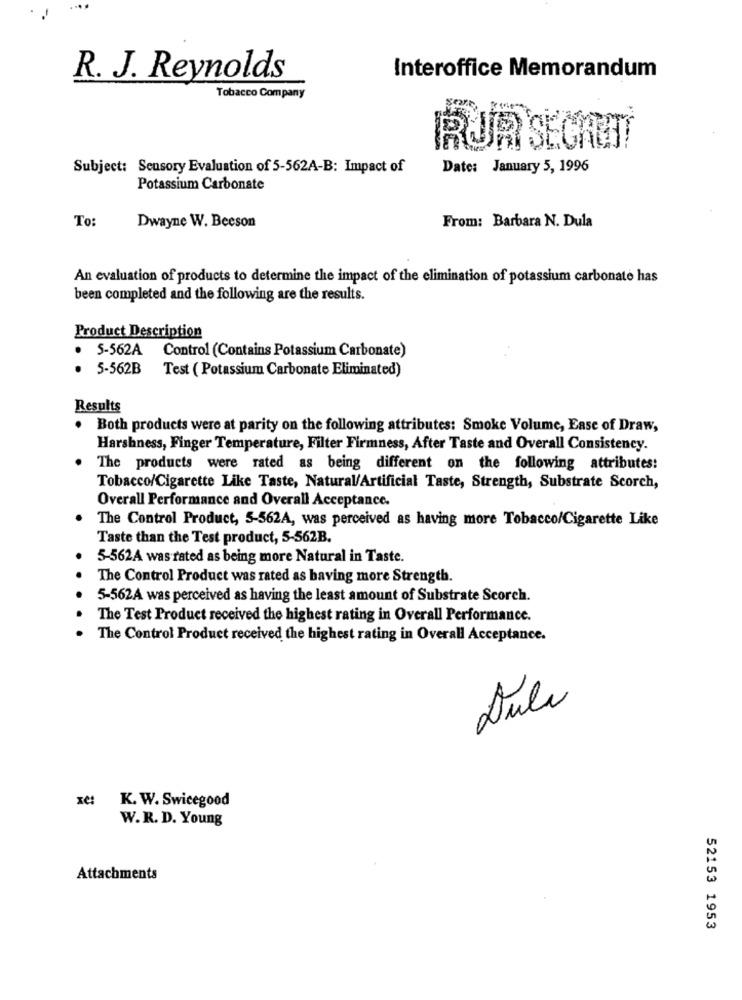
Interoffice Memorandum
R. J. Reynolds
Tobacco Company
RUR SECAET
Subject: Sensory Evaluation of 5-562A-B: Impact of
Date: January 5, 1996
Potassium Carbonate
To:
From: Barbara N. Dula
Dwayne W. Beeson
An evaluation of products to determine the impact of the elimination of potassium carbonate has
been completed and the following are the results.
Product Description
5-562A Control (Contains Potassium Carbonate)
. 5-562B
Test ( Potassium Carbonate Eliminated)
Results
Both products were at parity on the following attributes: Smoke Volume, Ease of Draw,
Harshness, Finger Temperature, Filter Firmness, After Taste and Overall Consistency.
The products were rated as being different on the following attributes:
Tobacco/Cigarette Like Taste, Natural/Artificial Taste, Strength, Substrate Scorch,
Overall Performance and Overall Acceptance.
The Control Product, 5-562A, was perceived as having more Tobacco/Cigarette Like
Taste than the Test product, 5-562B.
5-562A was rated as being more Natural in Taste.
The Control Product was rated as having more Strength.
5-562A was perceived as having the least amount of Substrate Scorch.
The Test Product received the highest rating in Overall Performance.
The Control Product received the highest rating in Overall Acceptance.
Duli
xe: K. W. Swicegood
W.R. D. Young
Attachments
52153 1953